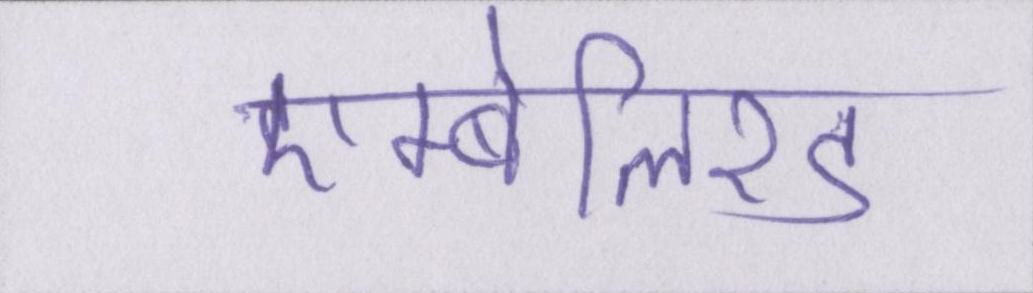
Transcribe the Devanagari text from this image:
एम्बेलिश्ड